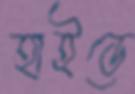
হাইডে